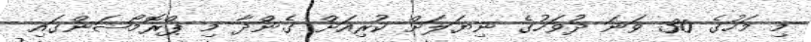
މި މަހުގެ 30 ވަނަ ދުވަހުގެ ނިޔަލަށް ކުރިއަށް ގެންދާ މި ޕްރޮމޯޝަންގައި